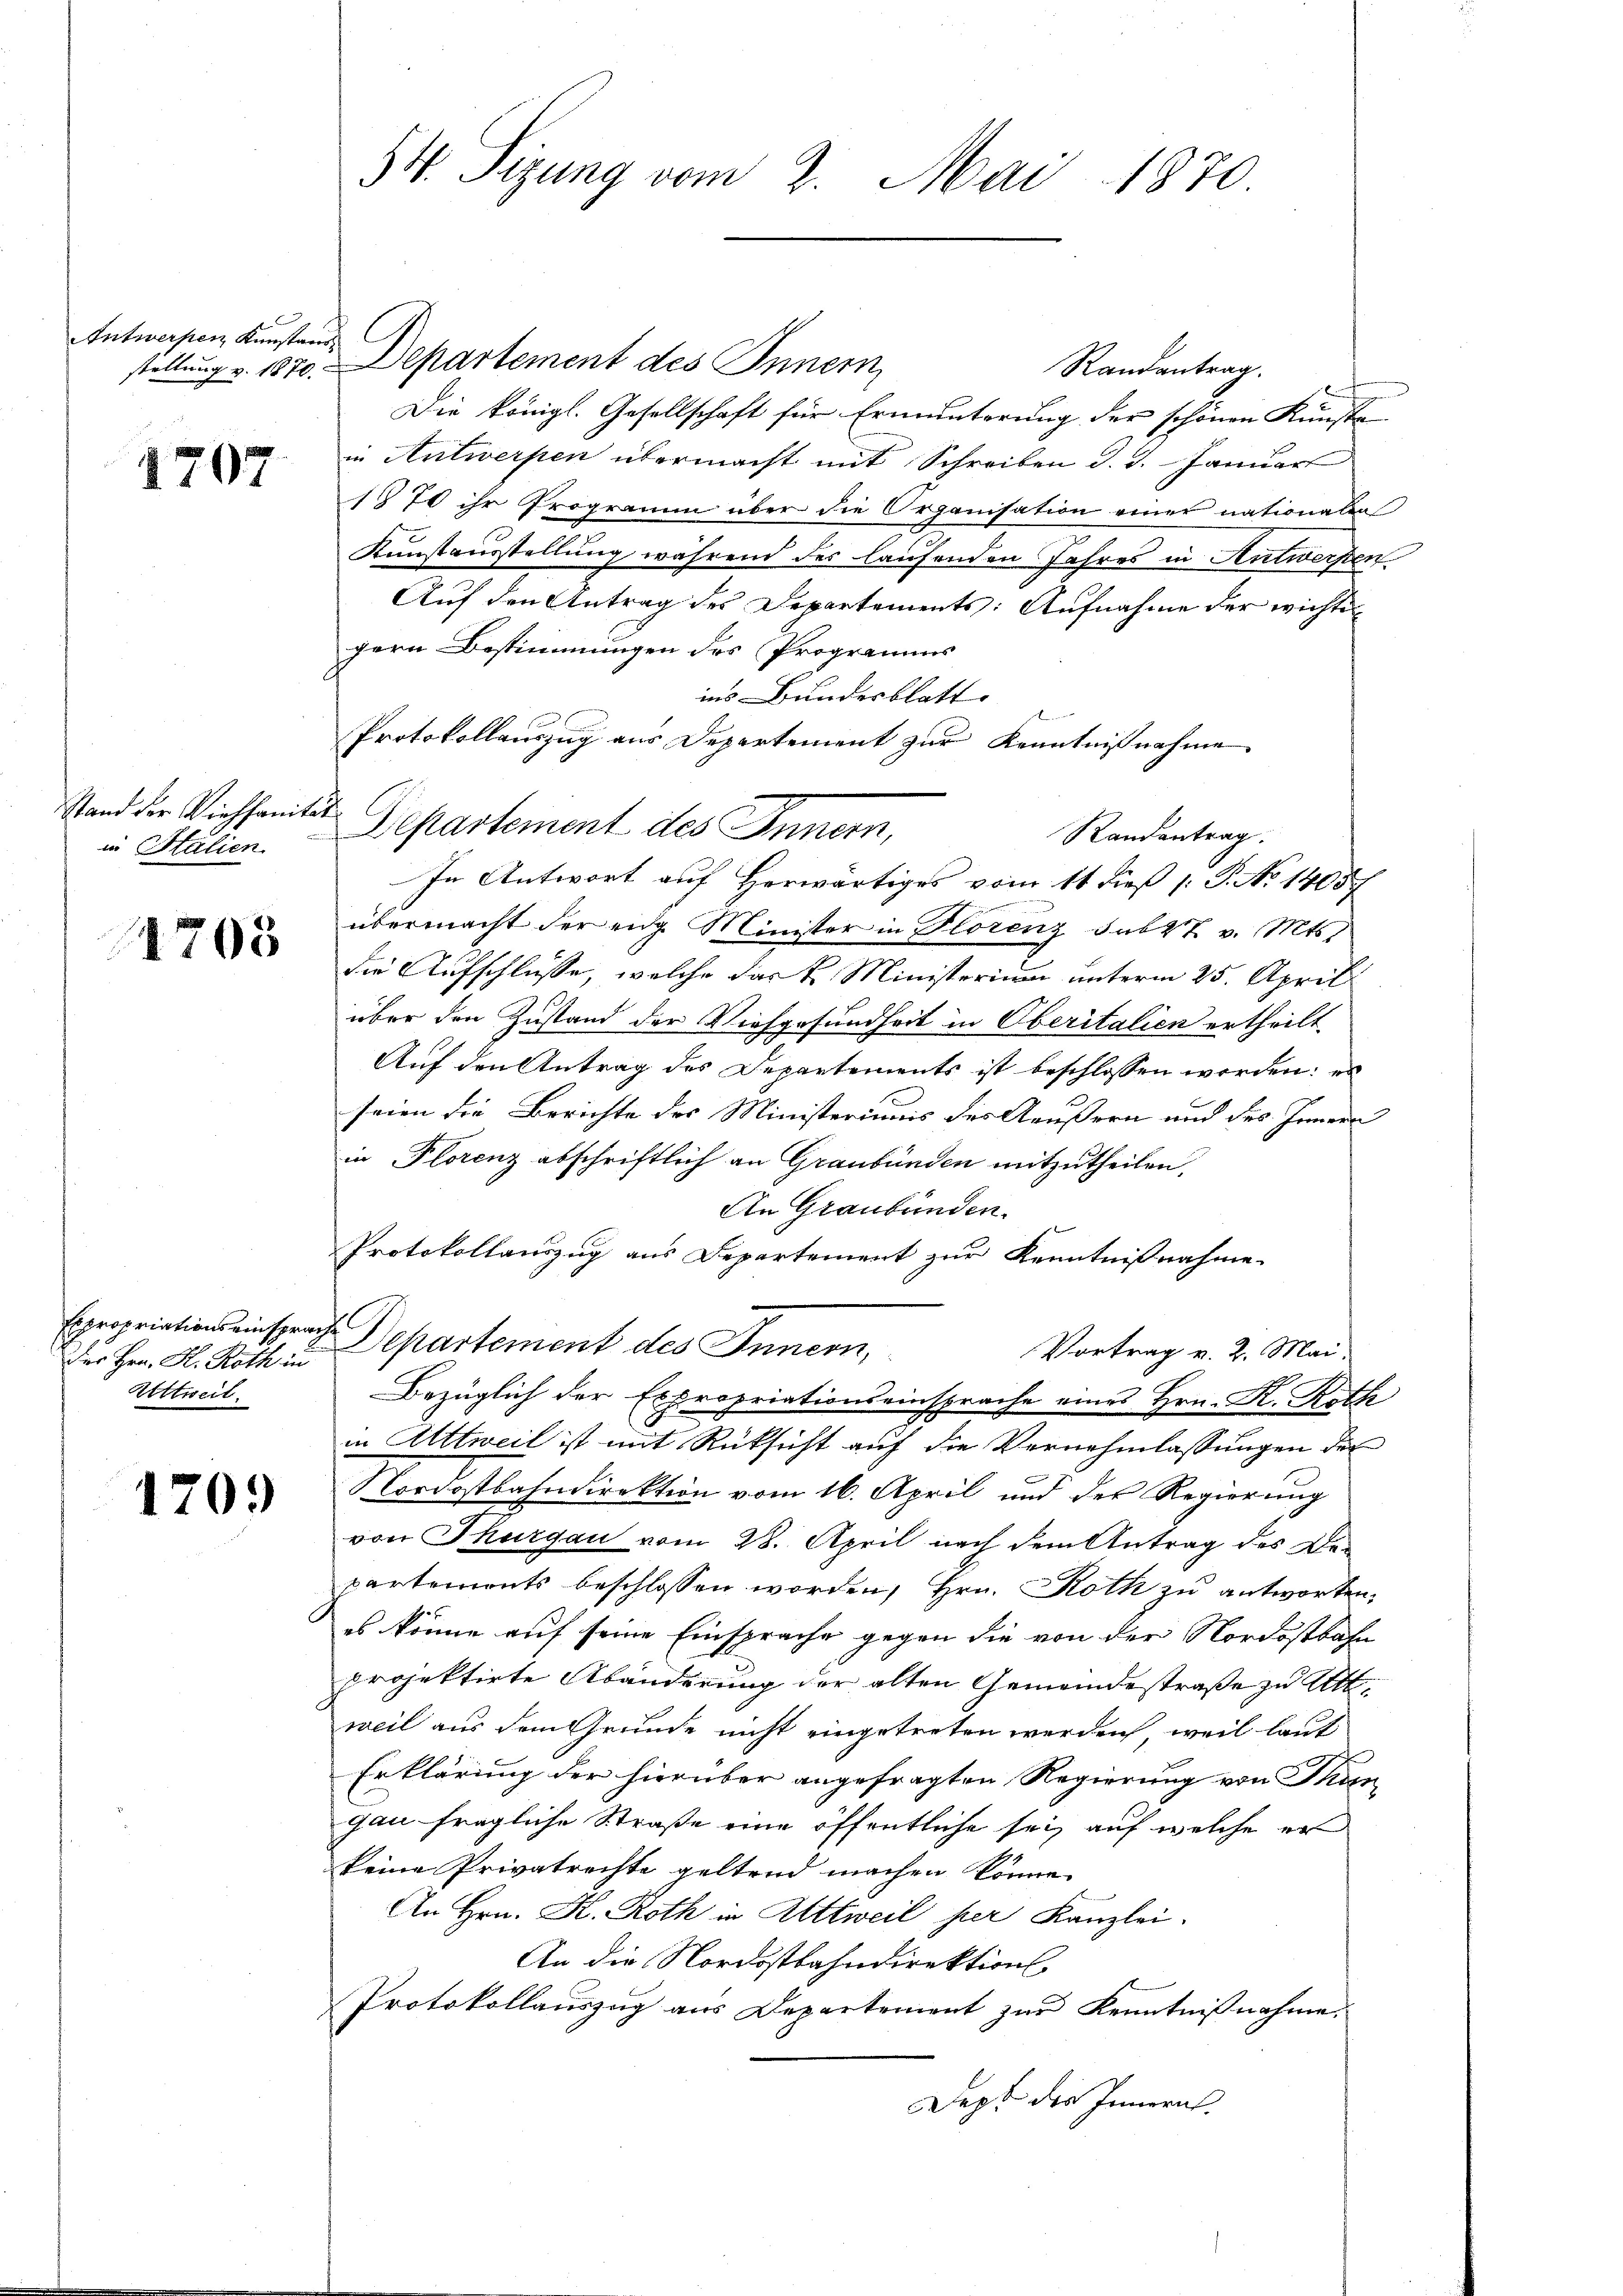
Antwerpen Kunstaus
stellung v. 1870.

1707

Stand der Viehhante
in Italien.

1703

Expropriations einsprac
Der Hrn. H. Roth in
Attweil.

1703

54. Sizung vom 2. Mai 1870

Departement des Innern
Randantrag.
Die königl. Gesellschaft für Ermunterung der schönen Kunste
in Antwerpen übermacht mit Schreiben d. d. Januar
1870 ihr Programm über die Organisation einer nationalen
Kunstausstellung während des laufenden Jahres in Antwerpen
Auf den Antrag des Departements: Aufnahme der wichte
gern Bestimmungen des Programms
ins Bundesblatt.
 Bemer
Protokollauszug aus Departement zur Kenntnißnahme
i
Departement des Innern,
übermacht der eidg. Minister in Florenz sub 27 v. Mts.
die Aufschlüsse, welche das k. Ministerium unterm 25. April
über den Zustand der Viehgesundheit in Oberitalien ertheilt.
Auf den Antrag des Departements ist beschlossen worden: es
seien die Berichte des Ministeriums des Aeußern und des Innern
in Florenz abschriftlich an Graubünden mitzutheilen,
An Graubünden.
Protokollauszug aus Departement zur Kenntnißnahme
i
Departement des Innern,
Vortrag v. 2. Mai.
Bezüglich der Expropriationseinsprache eines Hrn. K. Roth
in Attweil ist mit Rüksicht auf die Vernehmlassungen der
Nordostbahndirektion vom 16. April und des Regierung
von Thurgau vom 28. April nach dem Antrag des Verpartements beschlossen worden, Hrn. Roth zu antworten,
es könne auf seine Einsprache gegen die von der Nordostbahn
projektirte Abänderung der alten Gemeindestraße zu Att
weil aus dem Grunde nicht eingetreten werden, weil laut
Erklärung der hierüber angefragten Regierung von Thun
gau fragliche Straße eine öffentliche sei, auf welche er
keine Privatrechte geltend machen könne.
An Hrn. K. Roth in Wittweil per Kanzlei.
An die Nordostbahndirektion
Protokollauszug aus Departement zur Kenntnißnahme.
Dept des Innern.

Randantrag.
In Antwort auf Herwärtiges vom 11 dieß [ P. No 14057